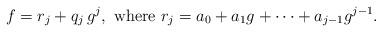
LaTeX: \begin{align*}f=r_j+q_j\,g^j, \mbox{ where }r_j=a_0+a_1g+\cdots+a_{j-1}g^{j-1}.\end{align*}